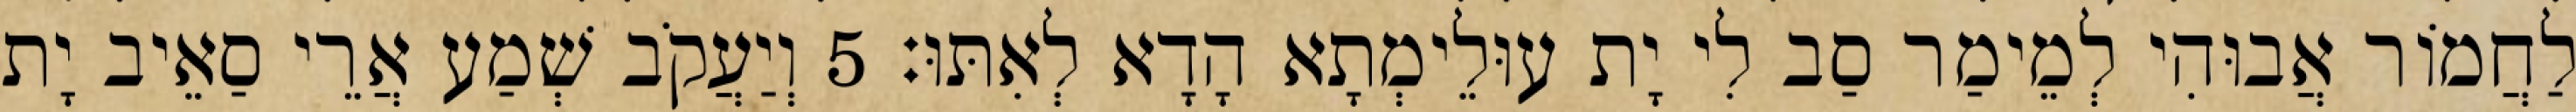
לַחֲמוֹר אֲבוּהִי לְמֵימַר סַב לִי יָת עוּלֵימְתָא הָדָא לְאִתּוּ׃ 5 וְיַעֲקֹב שְׁמַע אֲרֵי סַאֵיב יָת